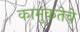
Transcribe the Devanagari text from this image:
कामुकतेचे